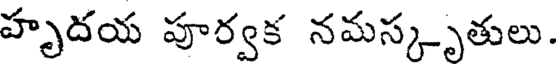
హృదయ పూర్వక నమస్కృతులు.